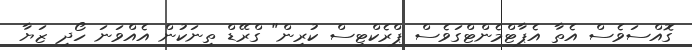
ގޮއްސަވެސް އެތާ އެޕާޓްމެންޓްގަވެސް ޕްރެކްޓިސް ކުރިން" ގްރޭޑް ތިނަކުން އެއްވަނަ ހޯދި ޒަޔާ